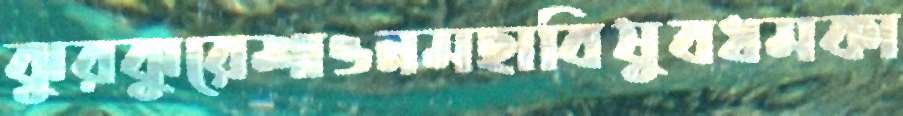
ঝুরঝুরেশাওনমহাবিষুবধমকা